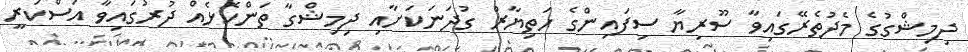
ދިމިޝްގުގެ މެދުތެރޭގައިވާ ސޫރިޔާ ސިފައިންގެ ހަތިޔާރު ގުދަނަކަށާއި ދިމިޝްގާ ތަންކޮޅެއް ދުރުގައިވާ އަސްކަރީ